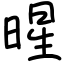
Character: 暒